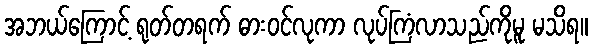
အဘယ်ကြောင့် ရုတ်တရက် ဓားဝင်လုကာ လုပ်ကြံလာသည်ကိုမူ မသိရ။